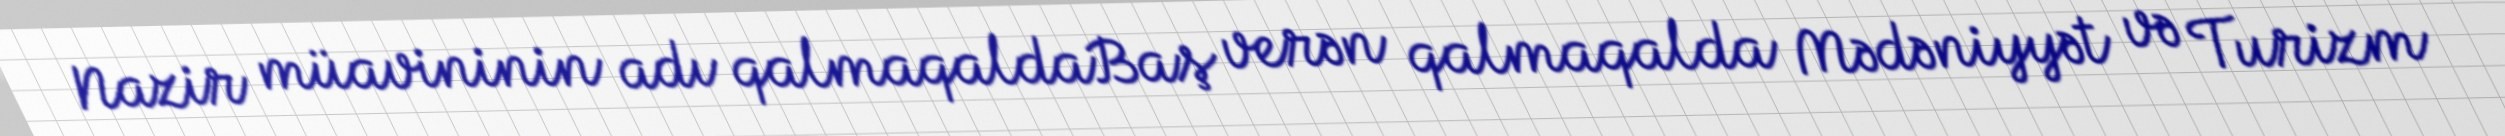
Nazir müavininin adı qalmaqaldaBaş verən qalmaqalda Mədəniyyət və Turizm